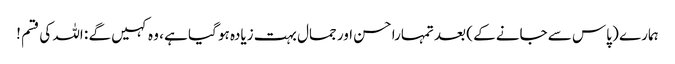
ہمارے ( پاس سے جانے کے ) بعد تمہارا حسن اور جمال بہت زیادہ ہو گیا ہے ، وہ کہیں گے : اللہ کی قسم !